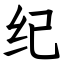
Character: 纪